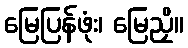
မြေပြန်ဖုံး၊ မြေညှိ။